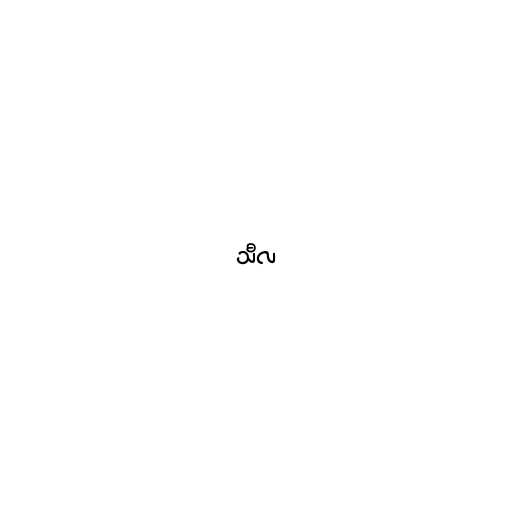
သီလ